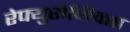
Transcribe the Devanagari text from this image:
रेफ्युसेनिक्स